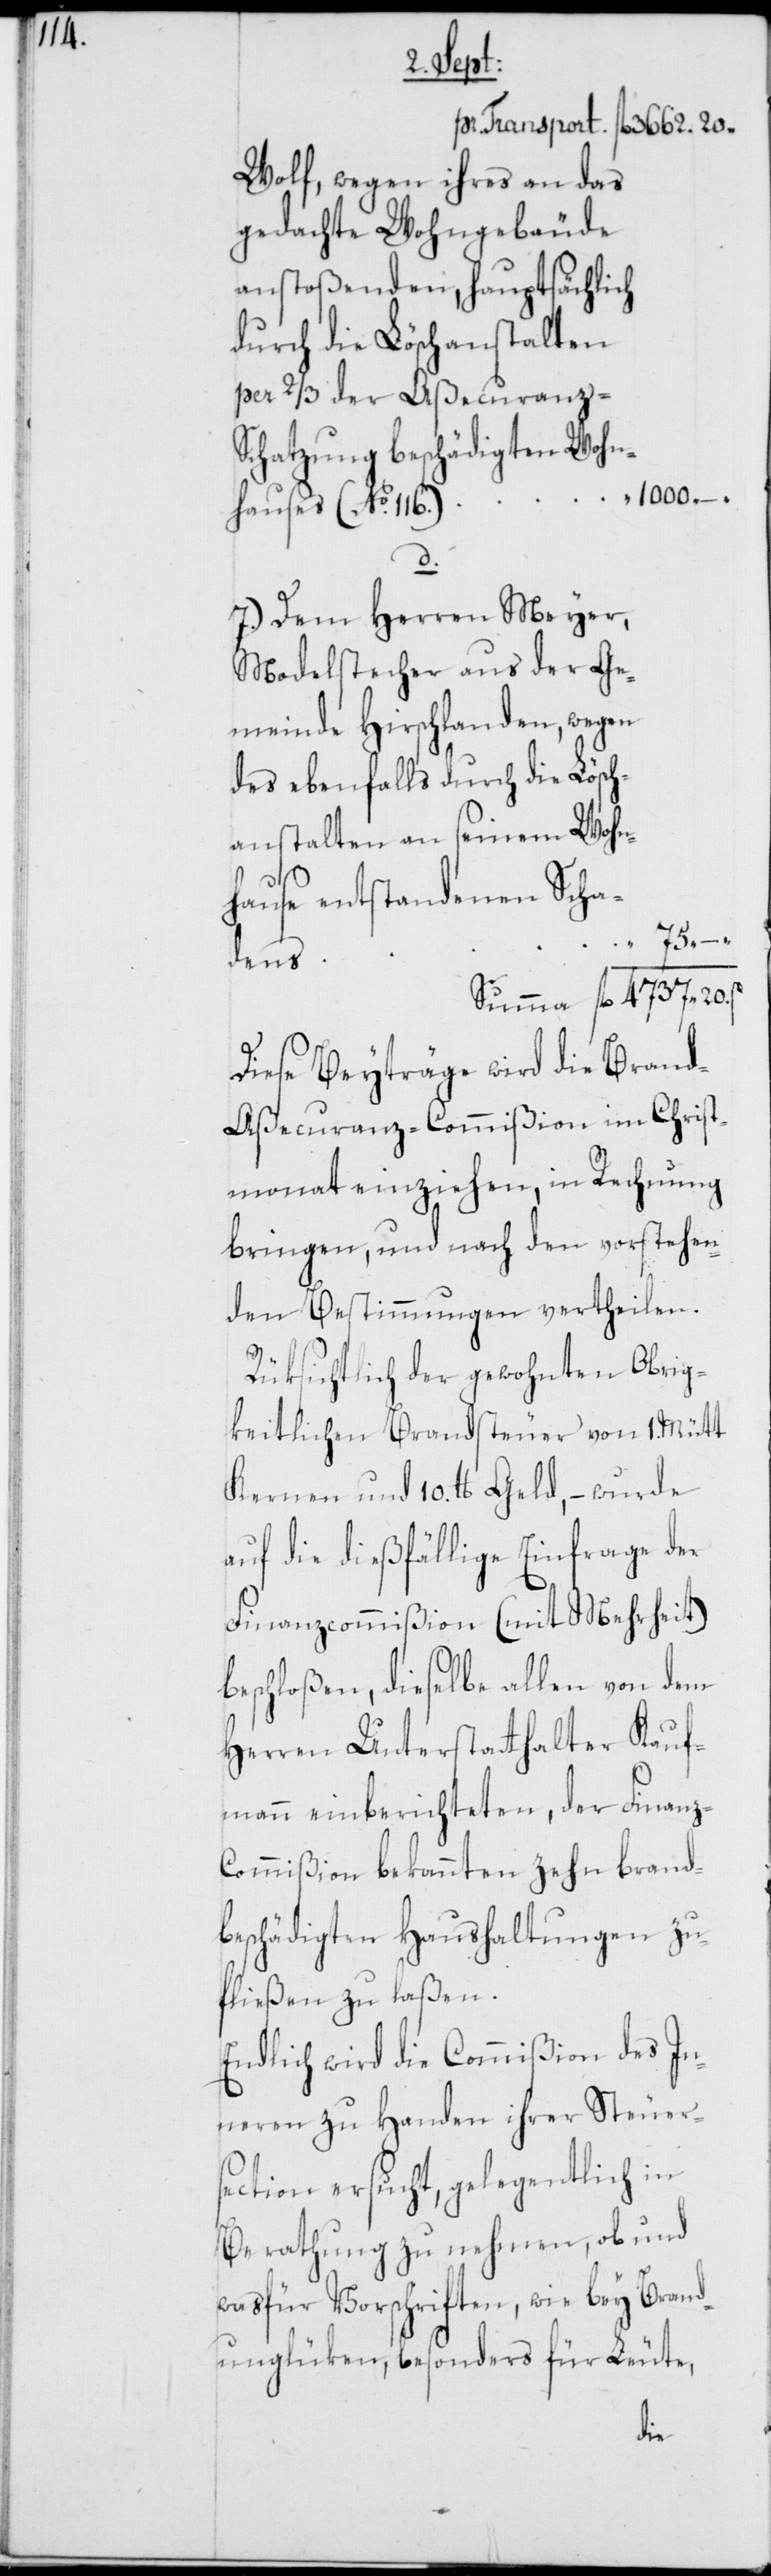
Wolf, wegen ihres an das
gedachte Wohngebäude
anstoßenden, hauptsächlich
durch die Löschanstalten
per 2/3 der Aßecuranz-S¬
chatzung beschädigten Wohn¬
1000. –.
hauses (No. 116.)
20.
7.) Dem Herren Meyer,
Modelstecher aus der Ge¬
meinde Hirschlanden, wegen
des ebenfalls durch die Lösch¬
anstalten an seinem Wohn¬
hause entstandenen Scha¬
75. –.
dens
Diese Beyträge wird die Bran¬
d-Aßecuranz-Commißion im Christ¬
monat einziehen, in Rechnung
bringen, und nach den vorstehen¬
den Bestimmungen vertheilen.
Rüksichtlich der gewohnten Obrig¬
keitlichen Brandsteuer von 1. Mütt
Kernen und 10. lb. Geld, – wurde
auf die dießfällige Einfrage der
Finanzcommißion (mit Mehrheit)
beschloßen, dieselbe allen von dem
Herren Unterstatthalter Kauf¬
mann einberichteten, der Finanz-C¬
ommißion bekannten zehn brand¬
beschädigten Haushaltungen zu¬
fließen zu laßen.
Endlich wird die Commißion des In¬
neren zu Handen ihrer Steuers¬
ection ersucht, gelegentlich in
Berathung zu nehmen, ob und
was für Vorschriften, wie bey Brand¬
unglüken, besonders für Leute,